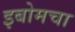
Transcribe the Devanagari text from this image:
इबोमचा